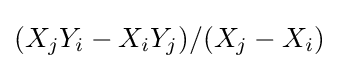
(X_{j}Y_{i}-X_{i}Y_{j})/(X_{j}-X_{i})